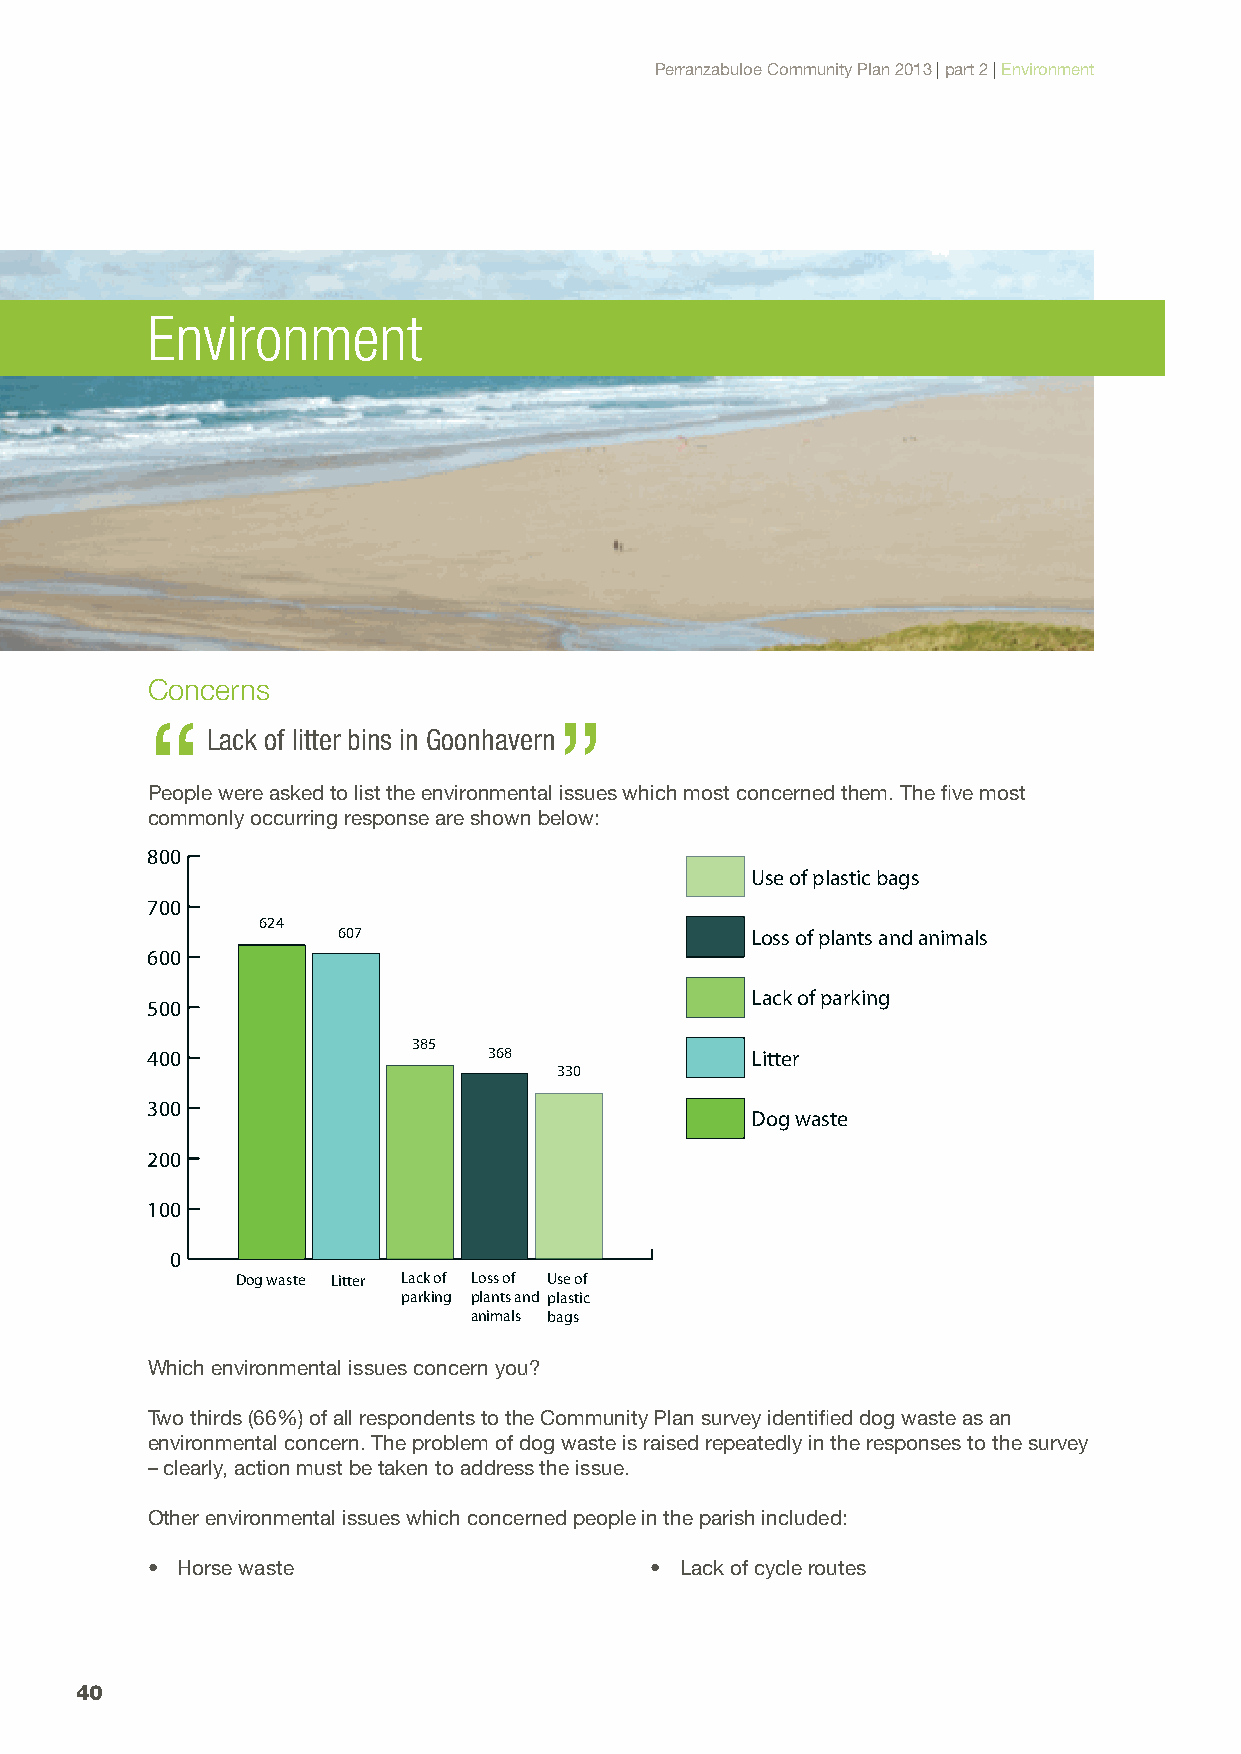
Perranzabuloe Community Plan 2013 | part 2 | Environment
 Environment
 Concerns
 “                          ”
 Lack of litter bins in Goonhavern
 People were asked to list the environmental issues which most concerned them. The five most
 commonly occurring response are shown below:
 800
 Use of plastic bags
 700
 624
 607                         Loss of plants and animals
 600
 Lack of parking
 500
 385
 400                   368               Litter
 330
 300
 Dog waste
 200
 100
 0
 Dog waste Litter Lack of Loss of Use of
 parking plants and plastic
 animals bags
 Which environmental issues concern you?
 Two thirds (66%) of all respondents to the Community Plan survey identified dog waste as an
 environmental concern. The problem of dog waste is raised repeatedly in the responses to the survey
 – clearly, action must be taken to address the issue.
 Other environmental issues which concerned people in the parish included:
 • Horse waste                    • Lack of cycle routes
 40